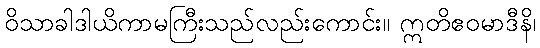
ဝိသာခါဒါယိကာမကြီးသည်လည်းကောင်း။ ဣတိဧဝမာဒီနိ၊